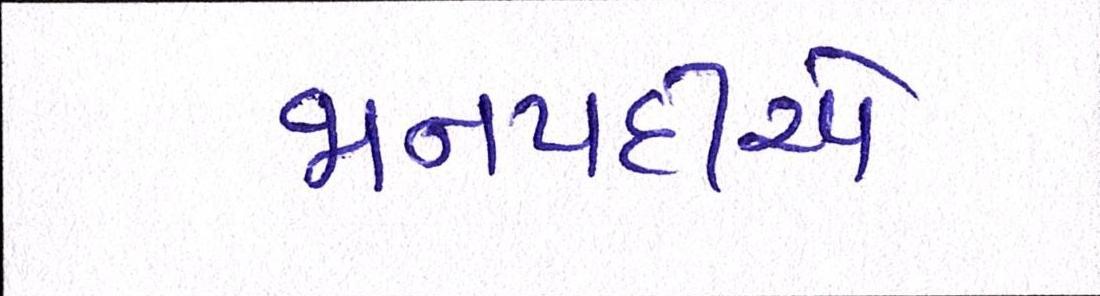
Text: જાનપદીએ